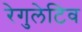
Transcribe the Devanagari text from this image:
रेगुलेटिव